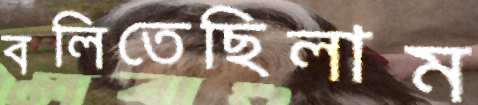
বলিতেছিলাম